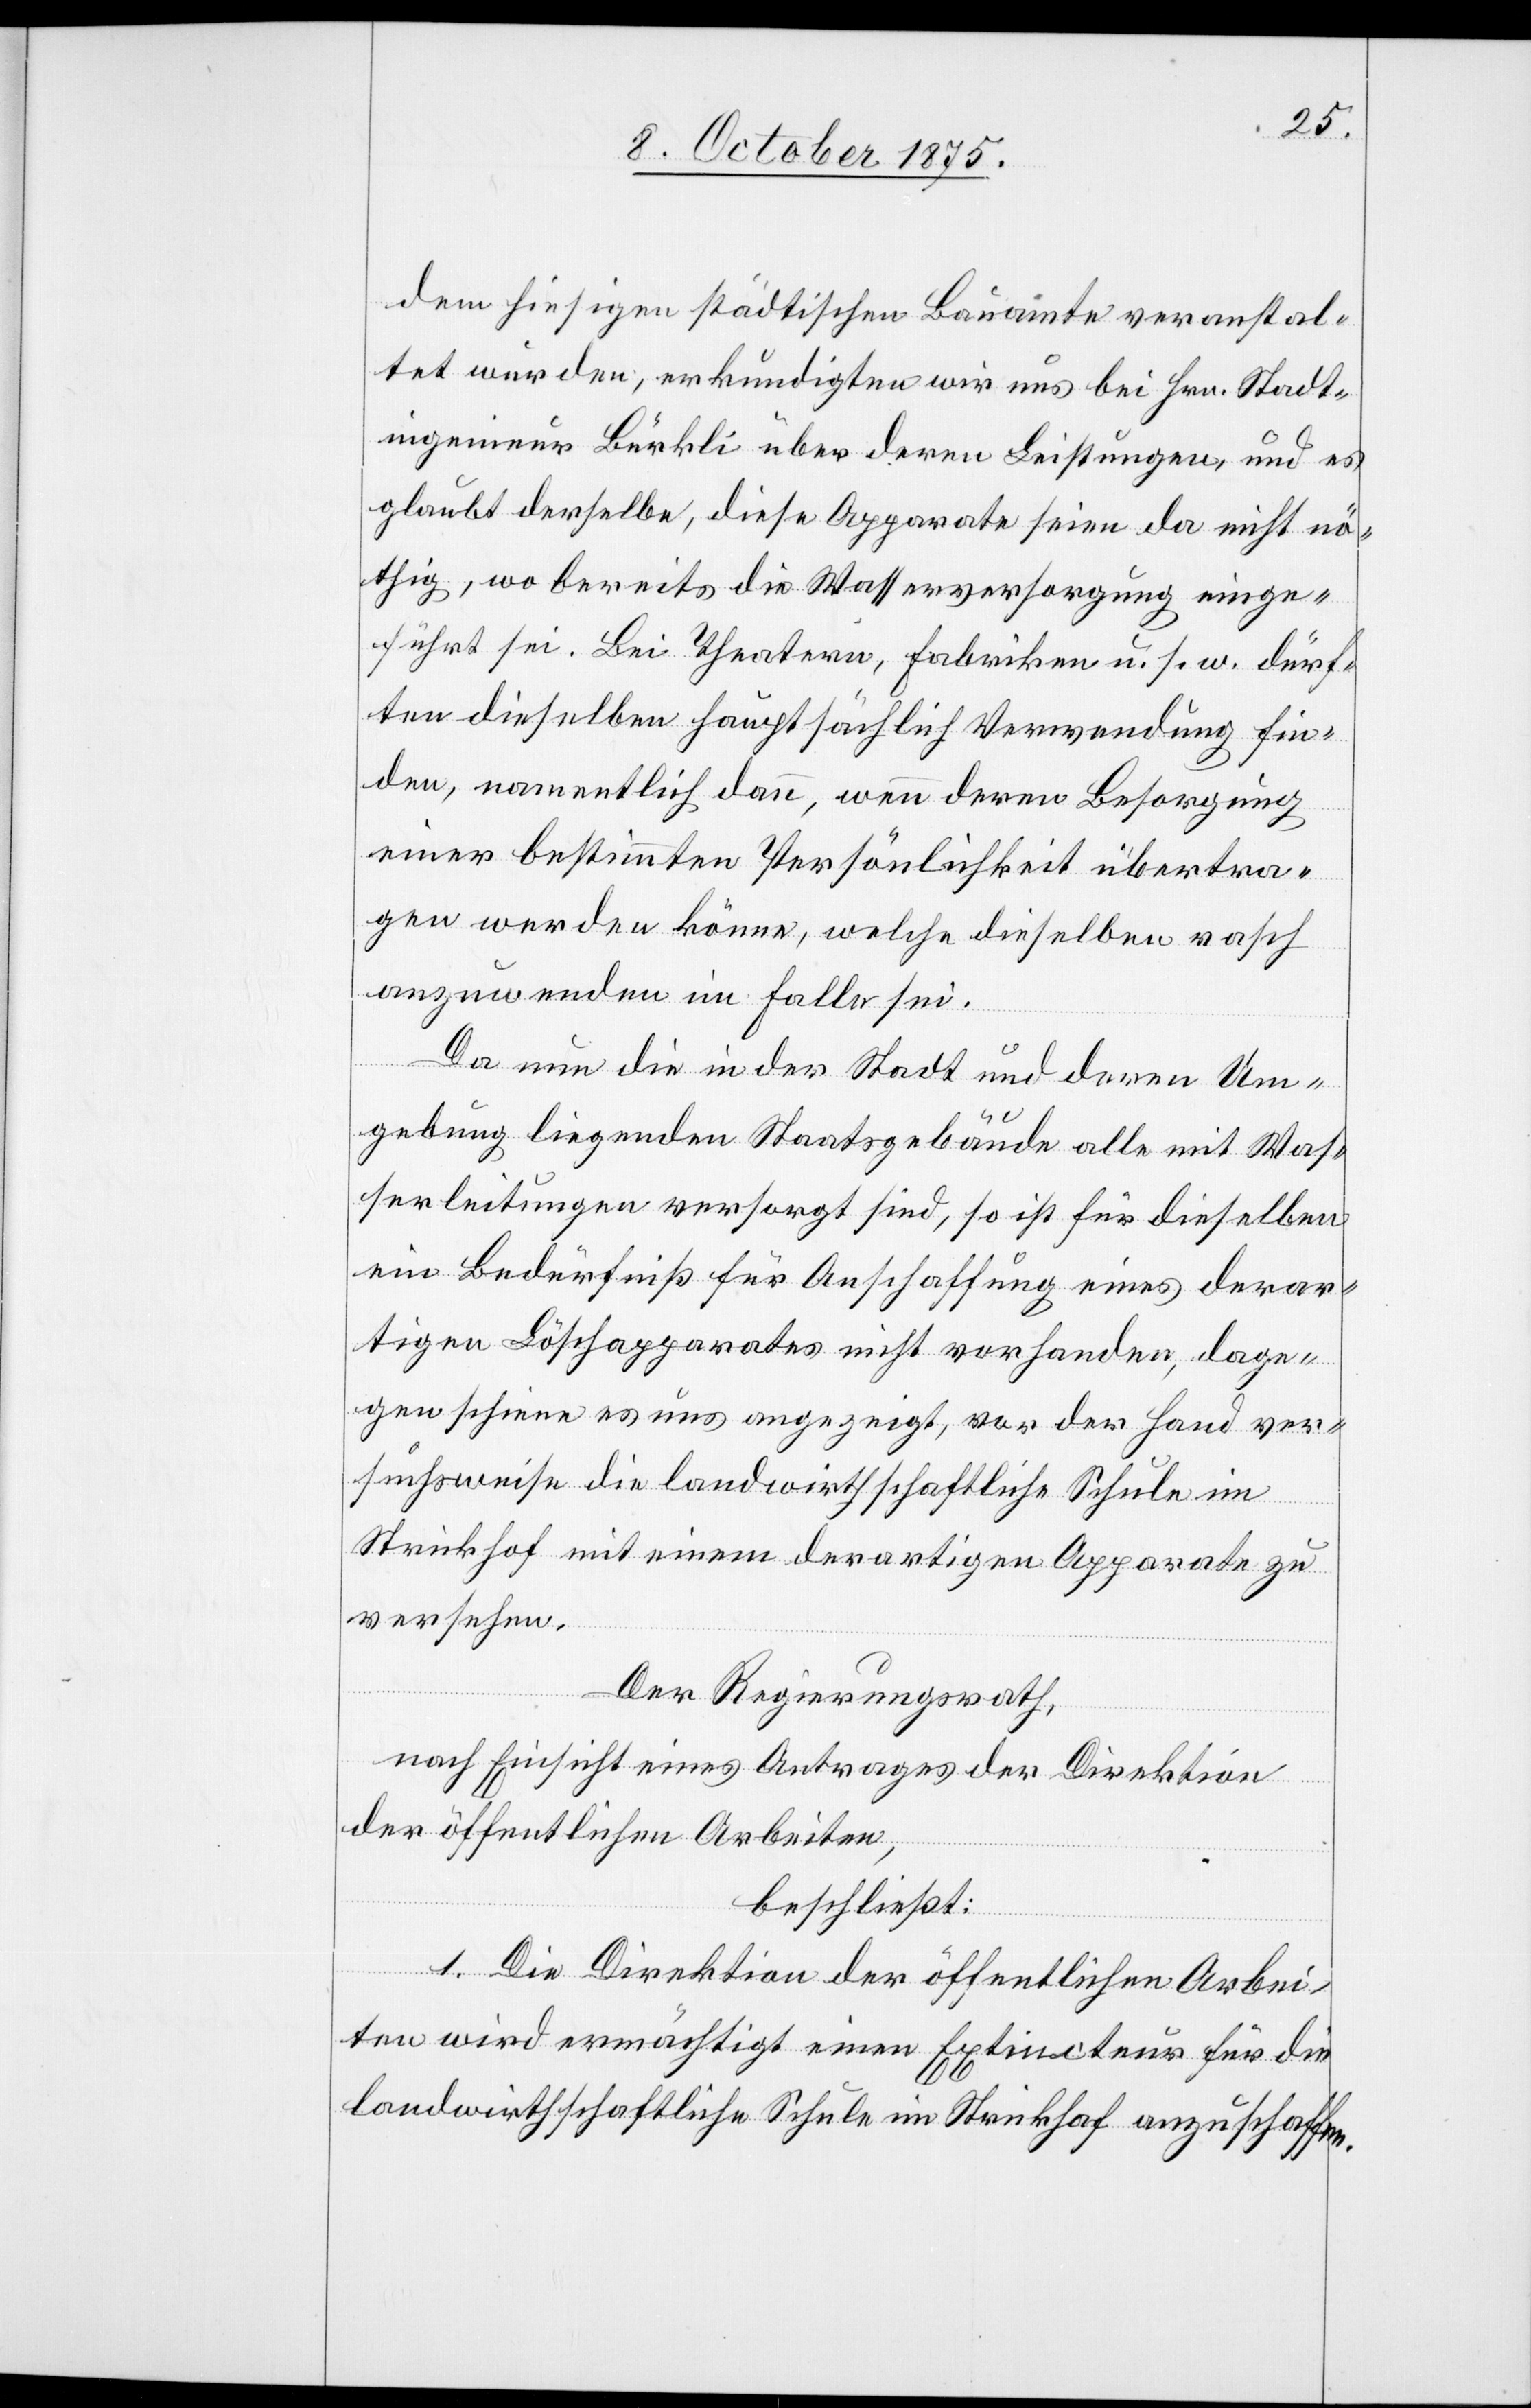
2.
dem hiesigen städtischen Bauamte veranstal¬
tet wurden, erkundigten wir uns bei Hrn. Stadt¬
ingenieur Bürkli über deren Leistungen, und es
glaubt derselbe, diese Apparate seien da nicht nö¬
thig, wo bereits die Wasserversorgung einge¬
führt sei. Bei Theatern, Fabriken u. s. w. dürf¬
ten dieselben hauptsächlich Verwendung fin¬
den, namentlich dann, wenn deren Besorgung
einer bestimmten Persönlichkeit übertra¬
gen werden könne, welche dieselben rasch
anzuwenden im Falle sei.
Da nun die in der Stadt und deren Um¬
gebung liegenden Staatsgebäude alle mit Was¬
serleitungen versorgt sind, so ist für dieselben
ein Bedürfniß für Anschaffung eines derar¬
tigen Löschapparates nicht vorhanden, dage¬
gen schiene es uns angezeigt, vor der Hand ver¬
suchsweise die landwirthschaftliche Schule im
Strickhof mit einem derartigen Apparate zu
versehen.
der
Der Regierungsrath,
nach Einsicht eines Antrages der Direktion
der öffentlichen Arbeiten,
beschließt:
1. Die Direktion der öffentlichen Arbei¬
ten wird ermächtigt einen Extincteur für die
landwirthschaftliche Schule im Strickhof anzuschaffen.